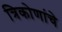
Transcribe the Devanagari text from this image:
त्रिकोणांचे